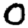
Digit: 0